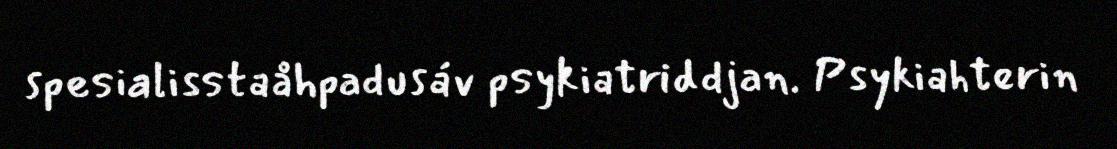
spesialisstaåhpadusáv psykiatriddjan. Psykiahterin